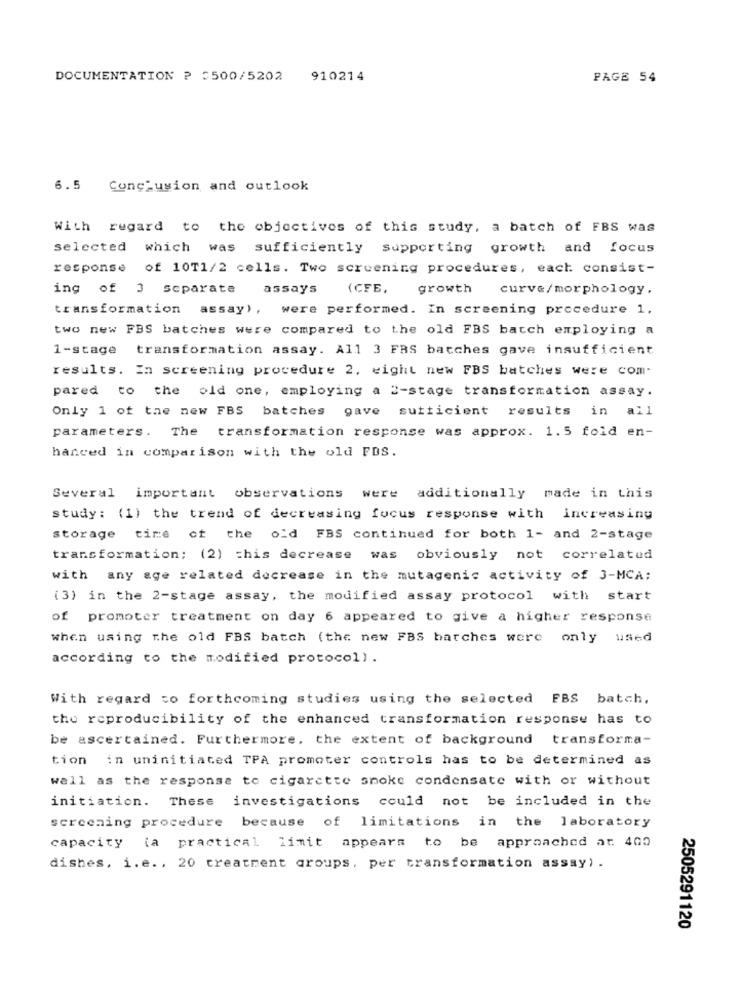
DOCUMENTATION ? 3500/5202 910214
PAGE 54
6.5 Conclusion and outlook
With regard to the objectives of this study, a batch of FBS was
selected which was sufficiently supporting growth and focus
response of 10T1/2 cells. Two screening procedures, each consist-
ing of 3 separate
assays
(CFE.
growth
curve/morphology,
transformation assay), were performed. In screening procedure 1.
two new FBS batches were compared to the old FBS batch employing a
1-stage transformation assay. All 3 FAS batches gave insufficient
results. In screening procedure 2, eight new FBS batches were com.
pared to the old one, employing a 2-stage transformation assay.
Only 1 of the new FBS batches gave sufficient results in all
parameters. The
transformation response was approx. 1.5 fold en-
hanced in comparison with the old FDS.
Several important observations
were additionally made in this
study: (1) the trend of decreasing focus response with increasing
storage time of the old FBS continued for both 1- and 2-stage
transformation; (2) this decrease was obviously not correlated
with any age related decrease in the mutagenic activity of 3-MCA:
(3) in the 2-stage assay, the modified assay protocol with start
of promoter treatment on day 6 appeared to give a higher response
When using the old FBS batch (the new FBS batches were only used
according to the modified protocol).
With regard to forthcoming studies using the selected FBS batch,
the reproducibility of the enhanced transformation response has to
be ascertained. Furthermore, the extent of background transforma-
tion in uninitiated TPA promoter controls has to be determined as
wall as the response to cigarette smoke condensate with or without
initiation. These investigations could not be included in the
screening procedure because of limitations in the laboratory
capacity (a practical limit appears to be approached at 400
dishes, i.e ., 20 treatment groups, per transformation assay) .
2505291120